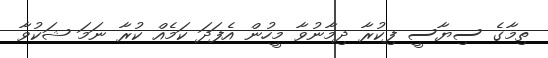
ތިމާގެ ސިޔާސީ ފިކުރާ ދިމާނުވާ މީހުން އެފަދަ ކަމެއް ކުރާ ނަމަ ޝަކުވާ